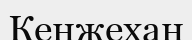
Кенжехан